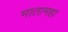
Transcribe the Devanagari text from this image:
मातामहा